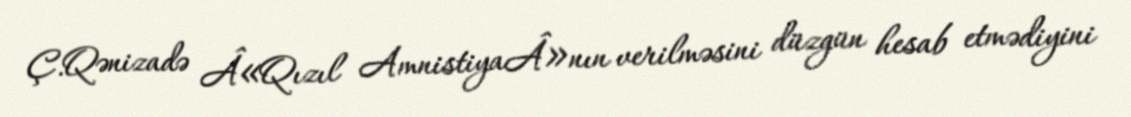
Ç.Qənizadə Â«Qızıl AmnistiyaÂ»nın verilməsini düzgün hesab etmədiyini